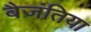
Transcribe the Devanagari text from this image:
बैजंतिया